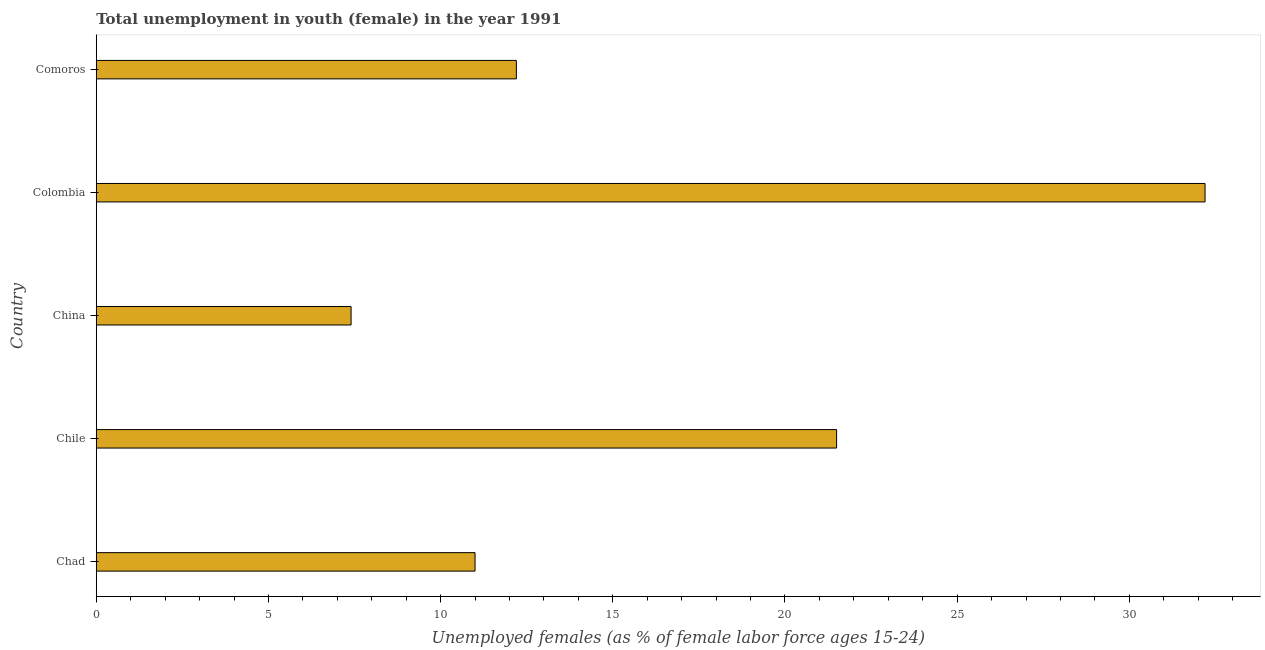
| Country | Unemployment |
 | --- | --- |
 | Chad | 11 |
 | Chile | 21.5 |
 | China | 7.4 |
 | Colombia | 32.2 |
 | Comoros | 12.2 |